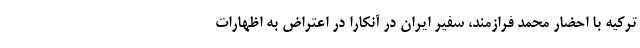
ترکیه با احضار محمد فرازمند، سفیر ایران در آنکارا در اعتراض به اظهارات